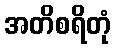
အတိစရိတုံ